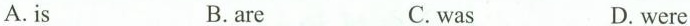
A.is B.are C.was D.were